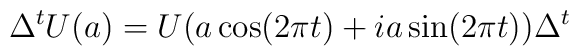
\Delta^t U(a)=U(a\cos(2\pi t)+ia\sin(2\pi t))\Delta^t